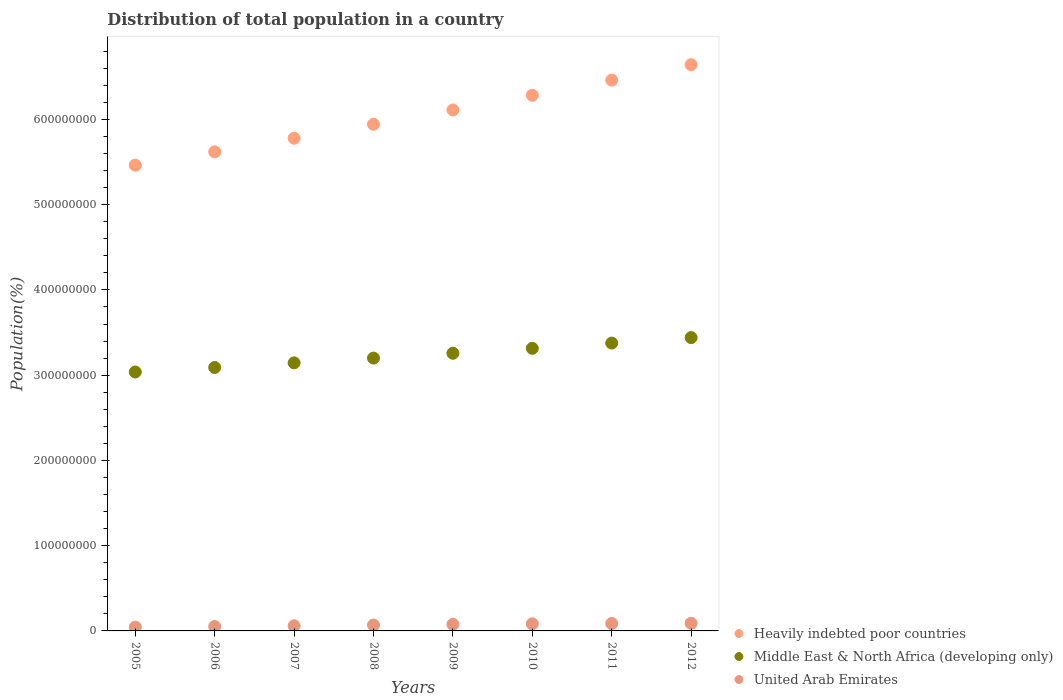
| Years | Heavily indebted poor countries | Middle East & North Africa (developing only) | United Arab Emirates |
 | --- | --- | --- | --- |
 | 2005 | 5.46e+08 | 3.04e+08 | 4.48e+06 |
 | 2006 | 5.62e+08 | 3.09e+08 | 5.17e+06 |
 | 2007 | 5.78e+08 | 3.14e+08 | 6.01e+06 |
 | 2008 | 5.94e+08 | 3.2e+08 | 6.9e+06 |
 | 2009 | 6.11e+08 | 3.26e+08 | 7.71e+06 |
 | 2010 | 6.28e+08 | 3.31e+08 | 8.33e+06 |
 | 2011 | 6.46e+08 | 3.38e+08 | 8.73e+06 |
 | 2012 | 6.64e+08 | 3.44e+08 | 8.95e+06 |